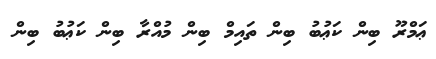
ޢަމްރޫ ބިން ކަޢުބު ބިން ތައިމް ބިން މުއްރާ ބިން ކަޢުބު ބިން